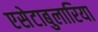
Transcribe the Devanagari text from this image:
एसेटाबुलारिया